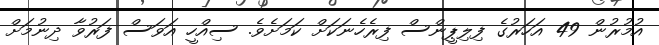
އުމުރުން 49 އަހަރުގެ ފިލިޕީންސް ފިރެހެނަކަށް ކަމަށެވެ. ސިއްހީ އަވަސް ފަރުވާ ދިނުމަށް